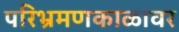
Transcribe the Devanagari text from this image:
परिभ्रमणकाळावर